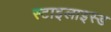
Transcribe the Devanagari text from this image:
स्टाइलाइस्ड